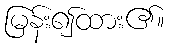
မြန်း၍ထား၏။